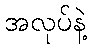
အလုပ်နဲ့